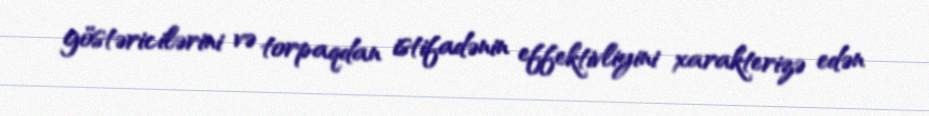
göstəricilərini və torpaqdan istifadənin effektivliyini xarakterizə edən